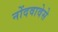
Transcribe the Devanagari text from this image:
नोंदवावेसे